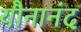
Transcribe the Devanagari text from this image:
यौनानंद